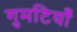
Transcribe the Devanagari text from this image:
गुमटियाँ